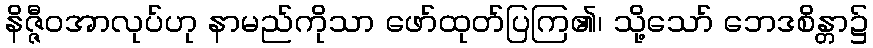
နိဇ္ဇီဝအာလုပ်ဟု နာမည်ကိုသာ ဖော်ထုတ်ပြကြ၏၊ သို့သော် ဘေဒစိန္တာ၌